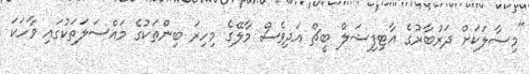
"މިސާލަކަށް ދަރުބާރުގެ އާޓިފިޝަލް ބީޗް އަދިވެސް މާލޭގެ މިހިރަ ބިންތަކުގެ މައްސަލަތަކުގައި ވާހަކަ